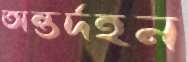
অন্তর্দহন